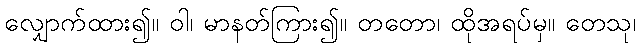
လျှောက်ထား၍။ ဝါ၊ မာနတ်ကြား၍။ တတော၊ ထိုအရပ်မှ။ တေသု၊